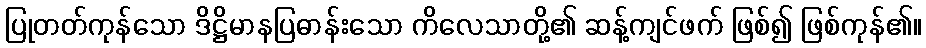
ပြုတတ်ကုန်သော ဒိဋ္ဌိမာနပြဓာန်းသော ကိလေသာတို့၏ ဆန့်ကျင်ဖက် ဖြစ်၍ ဖြစ်ကုန်၏။